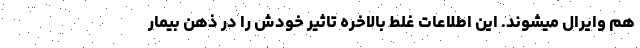
هم وایرال میشوند. این اطلاعات غلط بالاخره تاثیر خودش را در ذهن بیمار